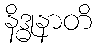
နိဒ္ဓုနာတိ